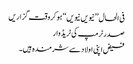
فی الحال ’’نیویں نیویں‘‘ ہو کروقت گزاریں
صدرٹرمپ کی ٹریڈ وار
فیض اپنی اولاد سے شرمندہ ہیں۔